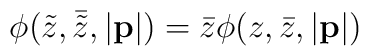
\phi(\tilde{z},\bar{\tilde{z}},|{\bf p}|)= \bar{z}\phi(z,\bar{z},|{\bf p}|)